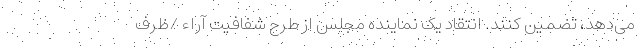
می‌دهد، تضمین کنند. انتقاد یک نماینده مجلس از طرح شفافیت آراء /ظرف